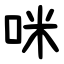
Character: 咪